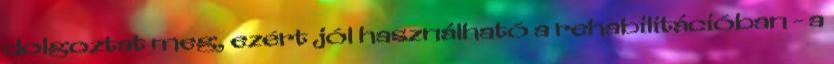
dolgoztat meg, ezért jól használható a rehabilitációban - a